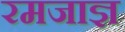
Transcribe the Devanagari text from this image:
रमजाज्ञ